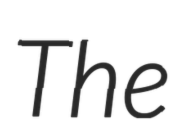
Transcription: The